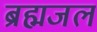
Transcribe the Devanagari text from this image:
ब्रह्मजल